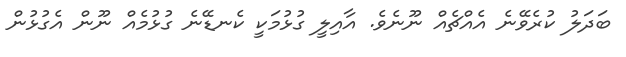
ބަދަލު ކުރެވޭނެ އެއްޗެއް ނޫނެވެ. އާއިލީ ގުޅުމަކީ ކެނޑޭނެ ގުޅުމެއް ނޫން އެގުޅުން